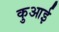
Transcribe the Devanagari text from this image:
कुआई